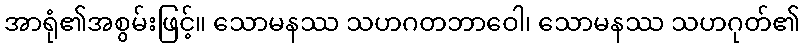
အာရုံ၏အစွမ်းဖြင့်။ သောမနဿ သဟဂတဘာဝေါ၊ သောမနဿ သဟဂုတ်၏